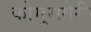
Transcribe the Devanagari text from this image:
कोमुरागेरी